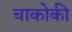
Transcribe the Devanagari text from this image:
चाकोकी